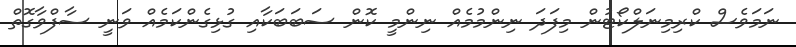
ނަމަވެސް ކްރިމިނަލްކޯޓުން މިފަދަ ނިންމުމެއް ނިންމީ ކޮން ސަބަބަކާއި ގުޅިގެންކަމެއް ވަނީ ސާފްވާގޮތް